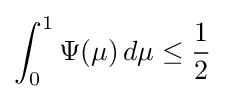
\int _{0}^{1}\Psi (\mu )\,d\mu \leq {\frac {1}{2}}